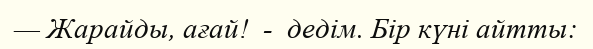
— Жарайды, ағай!  -  дедім. Бір күні айтты: